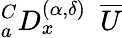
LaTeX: _{a}^{C}D_{x}^{(\alpha,{\delta})}~~\overline{{U}}